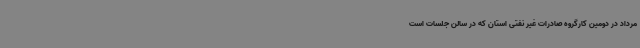
مرداد در دومین کارگروه صادرات غیر نفتی استان که در سالن جلسات است